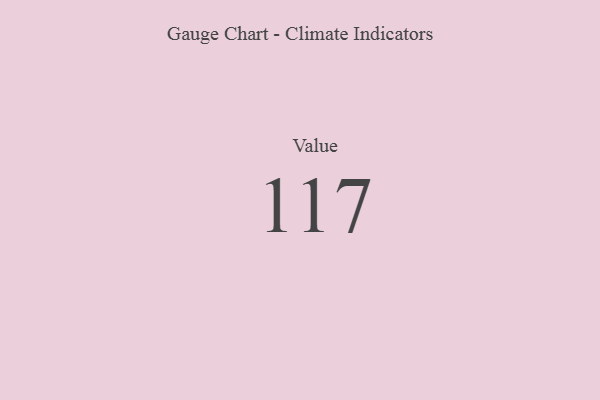
{"axis": {"x": "Metric", "y": "Value"}, "legend": [""], "data": [{"x": "Value", "y": 117, "type": ""}]}